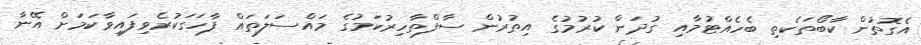
އެގޮތުން ކާބޯތަކެތި ބެހެއްޓުމާއި ގުދަން ކުރުމުގެ އިތުރުން ސާފްތާހިރުކަމުގެ މައްސަލަތައް ފާހަގަކުރެވިފައިވާކަމަށް އޭނާ